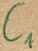
Text: C1